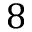
8